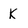
Character: K